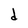
Character: d